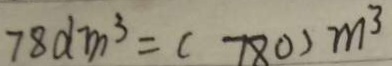
7 8 d m ^ { 3 } = ( 7 8 0 ) m ^ { 3 }